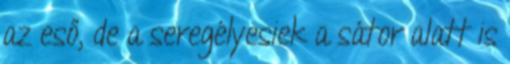
az eső, de a seregélyesiek a sátor alatt is